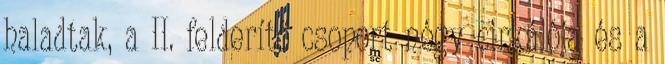
haladtak, a II. felderítő csoport négy cirkálója és a